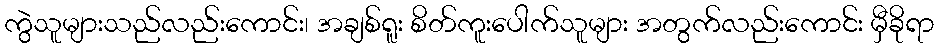
ကွဲသူများသည်လည်းကောင်း၊ အချစ်ရူး စိတ်ကူးပေါက်သူများ အတွက်လည်းကောင်း မှီခိုရာ